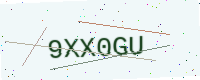
Text: 9XX0GU